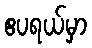
ဧပရယ်မှာ